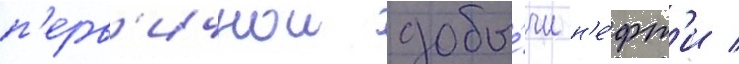
п'ерв'ичнои добы́чи н'е́фт'и /